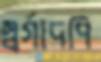
স্বর্গাদপি